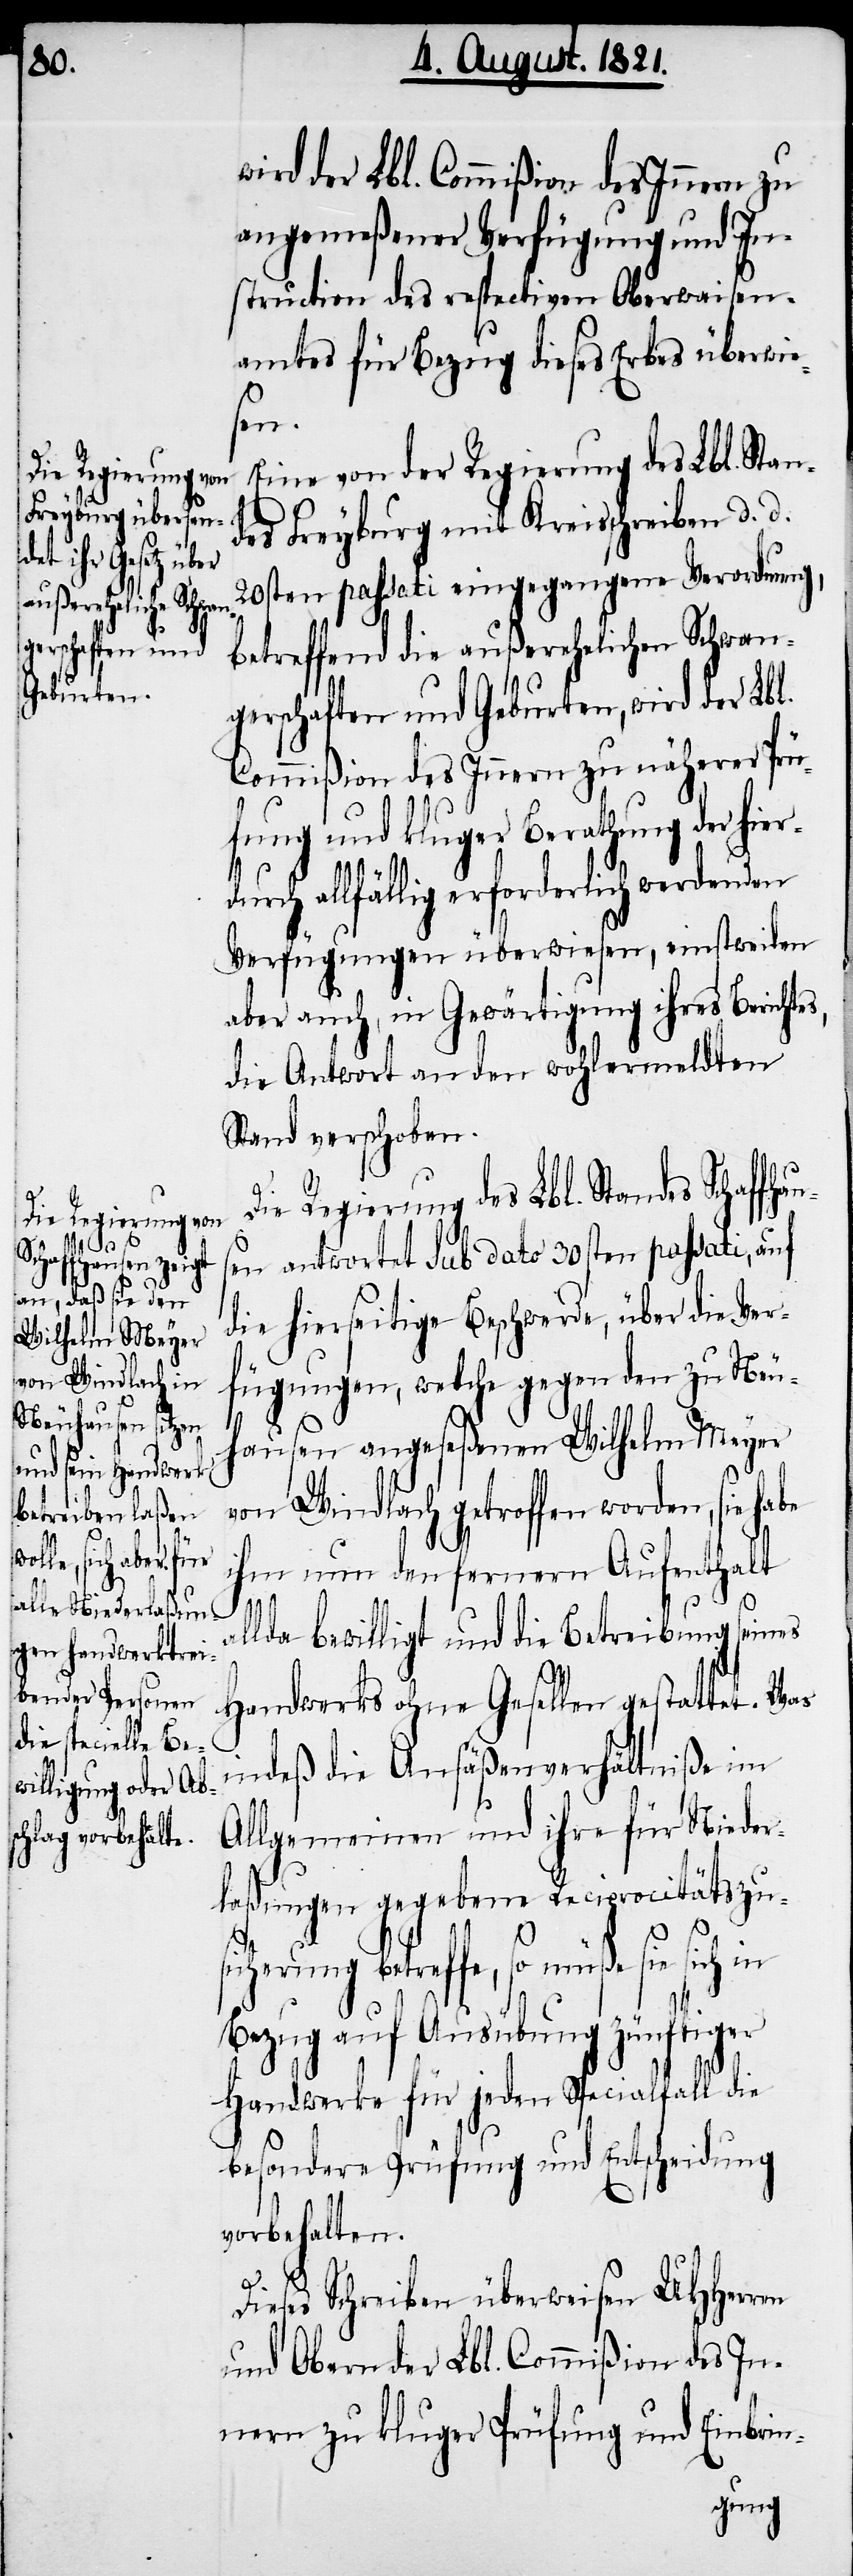
wird der Lbl. Commißion des Innern zu
angemeßener Verfügung und In¬
struction des respectiven Oberwaisen¬
amtes für Bezug dieses Erbes überwie¬
sen.
Eine von der Regierung des Lbl. Stan¬
des Freyburg mit Kreisschreiben d. d.
20sten passati eingegangene Verordnung,
betreffend die außerehelichen Schwan¬
gerschaften und Geburten, wird der Lbl.
Commißion des Innern zu näherer Prü¬
fung und kluger Berathung der
allfällig erforderlich werdenden
Verfügungen überwiesen, einstweilen
aber auch, in Gewärtigung ihres Berichts,
die Antwort an den wohlermeldten
Stand verschoben.
Die Regierung des Lbl. Standes Schaffh¬
en antwortet sub dato 30sten passati, auf
die hierseitige Beschwerde, über die Ver¬
fügungen, welche gegen den zu Neu¬
hausen angeseßenen Wilhelm Meyer
on Windlach getroffen worden, sie
ihm nun den fernern Aufenthalt
v¬
aus¬
allda bewilligt und die Betreibung seines
Handwerks ohne Gesellen gestattet. Was
indeß die Ansäßverhältniße im
Allgemeinen und ihre für Nieder¬
laßungen gegebene Reciprocitätszus¬
icherung betreffe, so müße sie sich in
Bezug auf Ausübung zünftiger
Handwerke für jeden Specialfall die
besondere Prüfung und Entscheidung
vorbehalten.
Dieses Schreiben überweisen UHHerren
und Obern der Lbl. Commißion des In¬
nern zu kluger Prüfung und Einbrin-